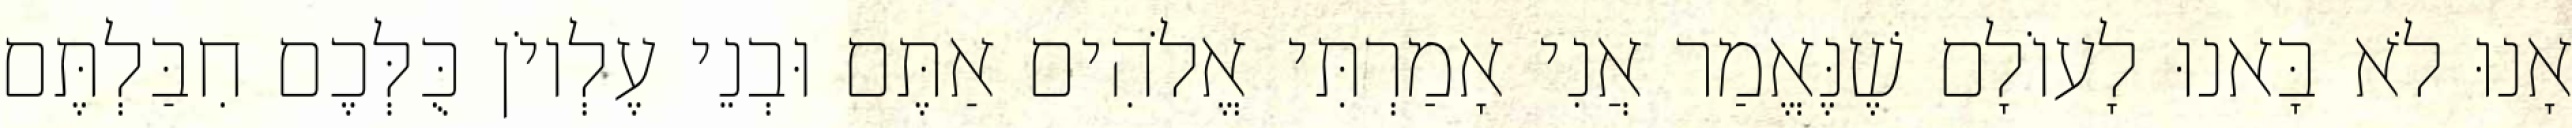
אָנוּ לֹא בָּאנוּ לָעוֹלָם שֶׁנֶּאֱמַר אֲנִי אָמַרְתִּי אֱלֹהִים אַתֶּם וּבְנֵי עֶלְיוֹן כֻּלְּכֶם חִבַּלְתֶּם